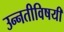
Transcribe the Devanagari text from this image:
उन्नतीविषयी